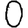
Digit: 0